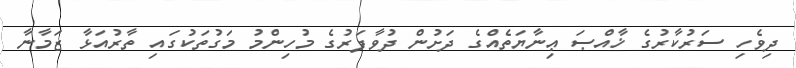
ދިވެހި ސަރުކާރުގެ ޚާއްޞަ ޢިނާޔަތެއްގެ ދަށުން ދުވާފަރުގެ މުހިންމު މަގުތަކުގައި ތާރުއަޅާ ޒަމާނާ